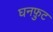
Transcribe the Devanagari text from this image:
घनफ़ुट